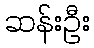
ဆန်းဦး